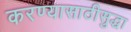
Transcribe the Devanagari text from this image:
करण्यासाठीसुद्धा